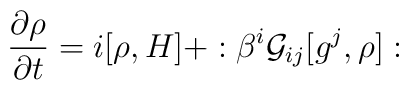
\frac{\partial  \rho}{\partial t} = i[\rho, H ] + :\beta^i {\cal G}_{ij}[g^j, \rho]: